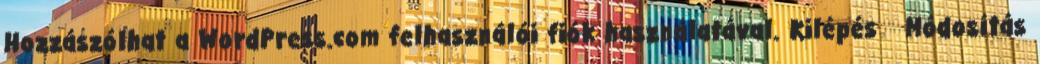
Hozzászólhat a WordPress.com felhasználói fiók használatával. Kilépés Módosítás